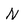
Character: N